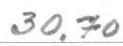
30,70